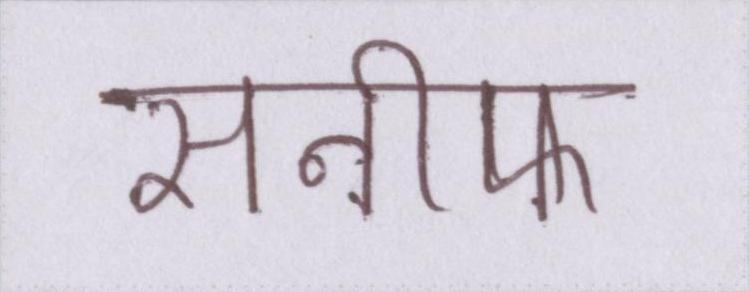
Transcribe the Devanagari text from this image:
सनीफ